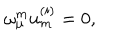
LaTeX: \omega _ { \mu } ^ { { m } } u _ { { m } } ^ { { ( i ) } } = 0 ,